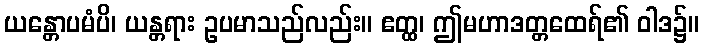
ယန္တောပမံပိ၊ ယန္တရား ဥပမာသည်လည်း။ ဧတ္ထ၊ ဤမဟာဒတ္တထေရ်၏ ဝါဒ၌။